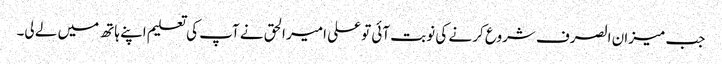
جب میزان الصرف شروع کر نے کی نوبت آئی تو علی امیر الحق نے آپ کی تعلیم اپنے ہاتھ میں لے لی۔